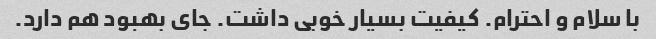
با سلام و احترام. کیفیت بسیار خوبی داشت. جای بهبود هم دارد.